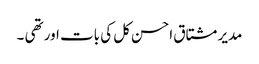
مدیر مشتاق احسن کل کی بات اور تھی ۔